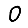
Digit: 0